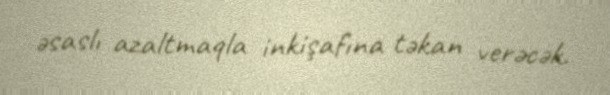
əsaslı azaltmaqla inkişafına təkan verəcək.